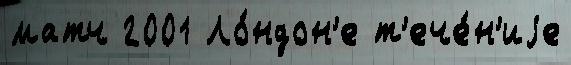
матч 2001 Ло́ндон'е т'ече́н'иjе